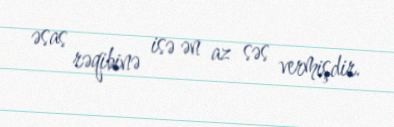
əsas rəqibinə isə ən az səs vermişdir.